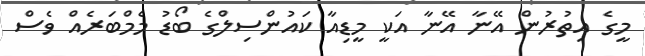
މީގެ އިތުރުން އޭނާ އޭނާ އަކީ މީޑިއާ ކައުންސިލްގެ ބޯޑު މެމްބަރެއް ވެސް